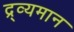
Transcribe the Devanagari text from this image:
द्र्व्यमान